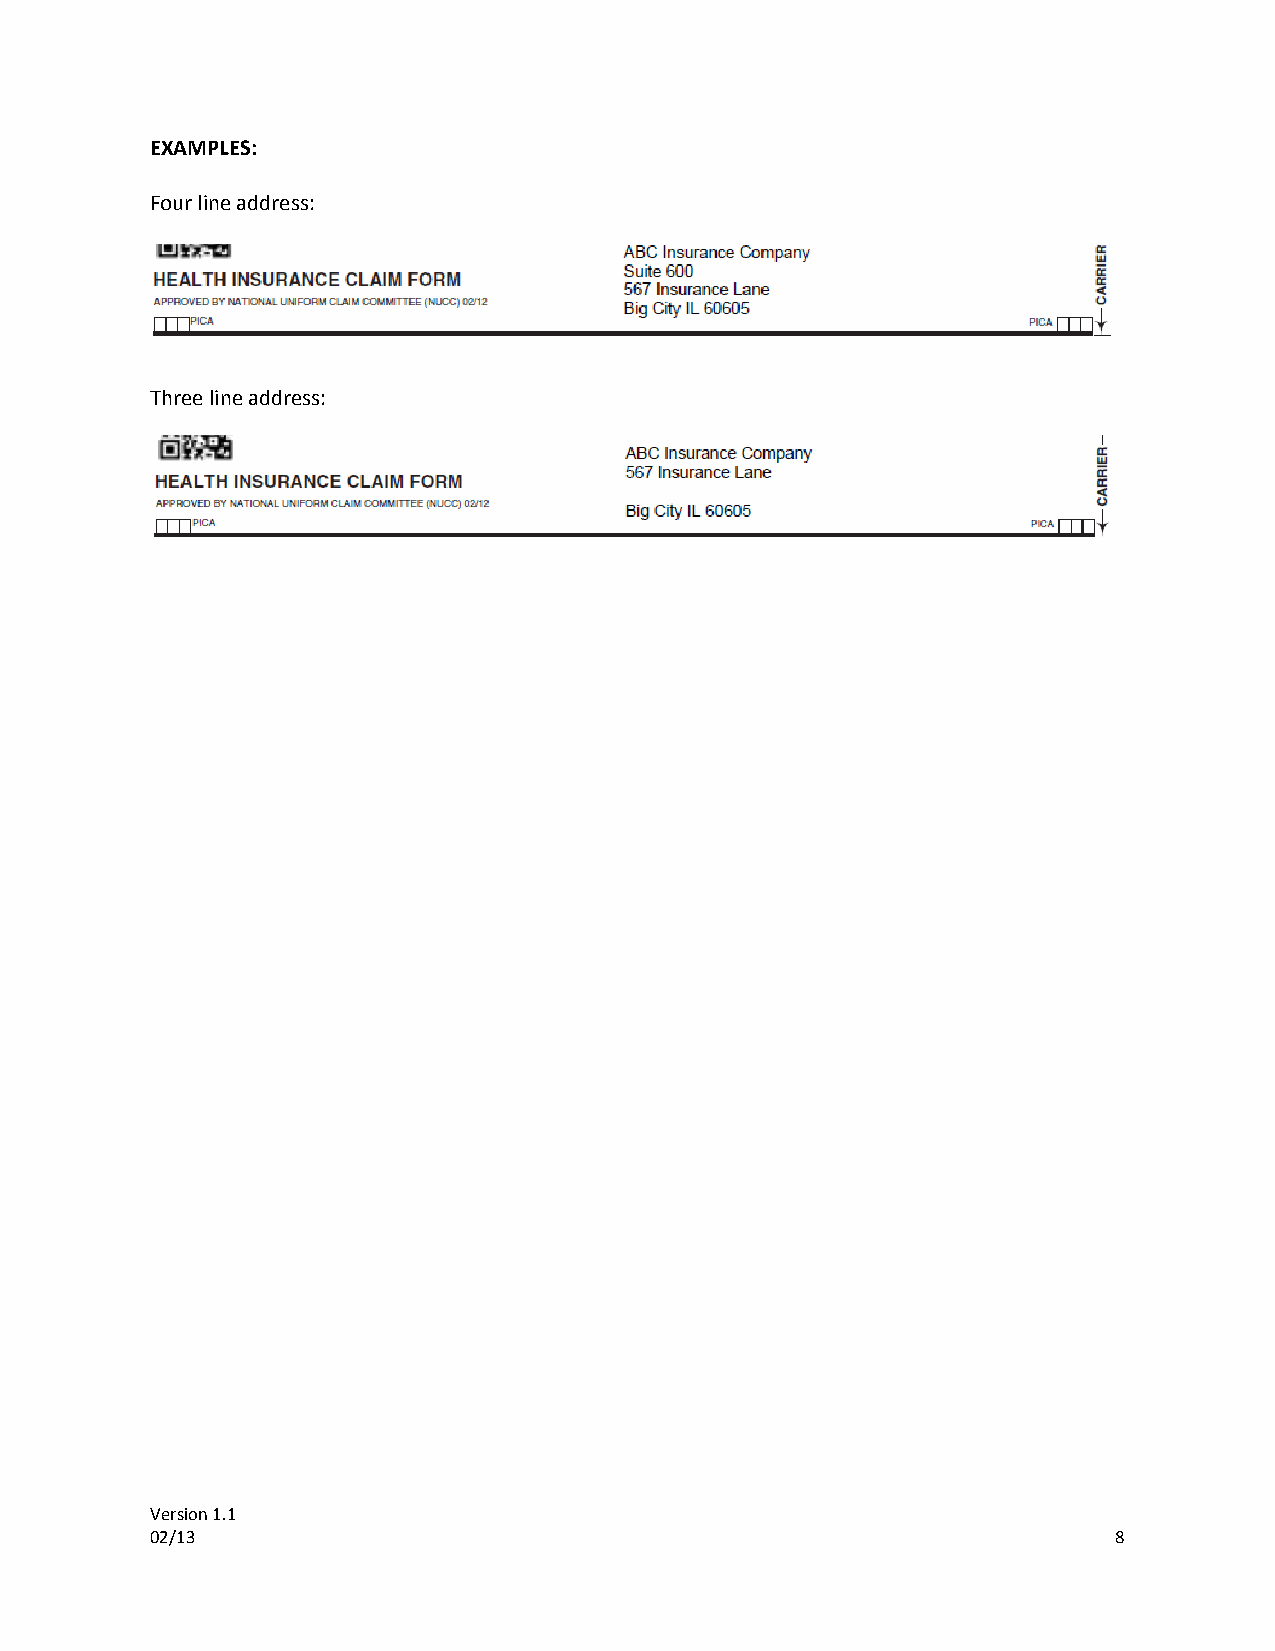
EXAMPLES:
 Four line address:
 Three line address:
 Version 1.1
 02/13                                                           8